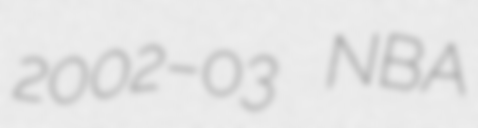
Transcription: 2002–03 NBA